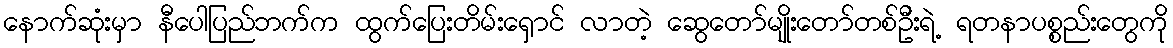
နောက်ဆုံးမှာ နီပေါပြည်ဘက်က ထွက်ပြေးတိမ်းရှောင် လာတဲ့ ဆွေတော်မျိုးတော်တစ်ဦးရဲ့ ရတနာပစ္စည်းတွေကို